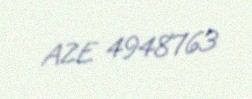
AZE 4948763